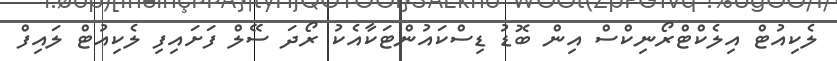
ލެކިއުޓް އިލެކްޓްރޯނިކްސް އިން ބޮޑު ޑިސްކައުންޓަކާއެކު ރޯދަ ސޭލް ފަށައިފި ލެކިއުޓް ލައިފް